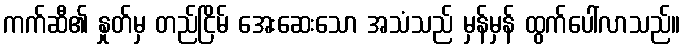
ကက်ဆီ၏ နှုတ်မှ တည်ငြိမ် အေးဆေးသော အသံသည် မှန်မှန် ထွက်ပေါ်လာသည်။